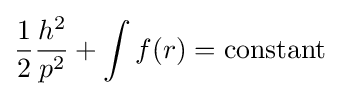
{\frac {1}{2}}{\frac {h^{2}}{p^{2}}}+\int f(r)=\mathrm {constant}